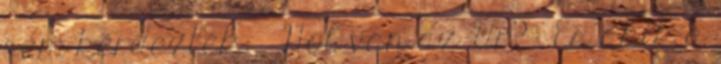
sem kérdezték: »Hol van az Úr?« És akik a